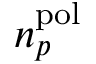
n _ { p } ^ { \mathrm { p o l } }